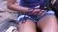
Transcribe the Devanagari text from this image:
तूतें।